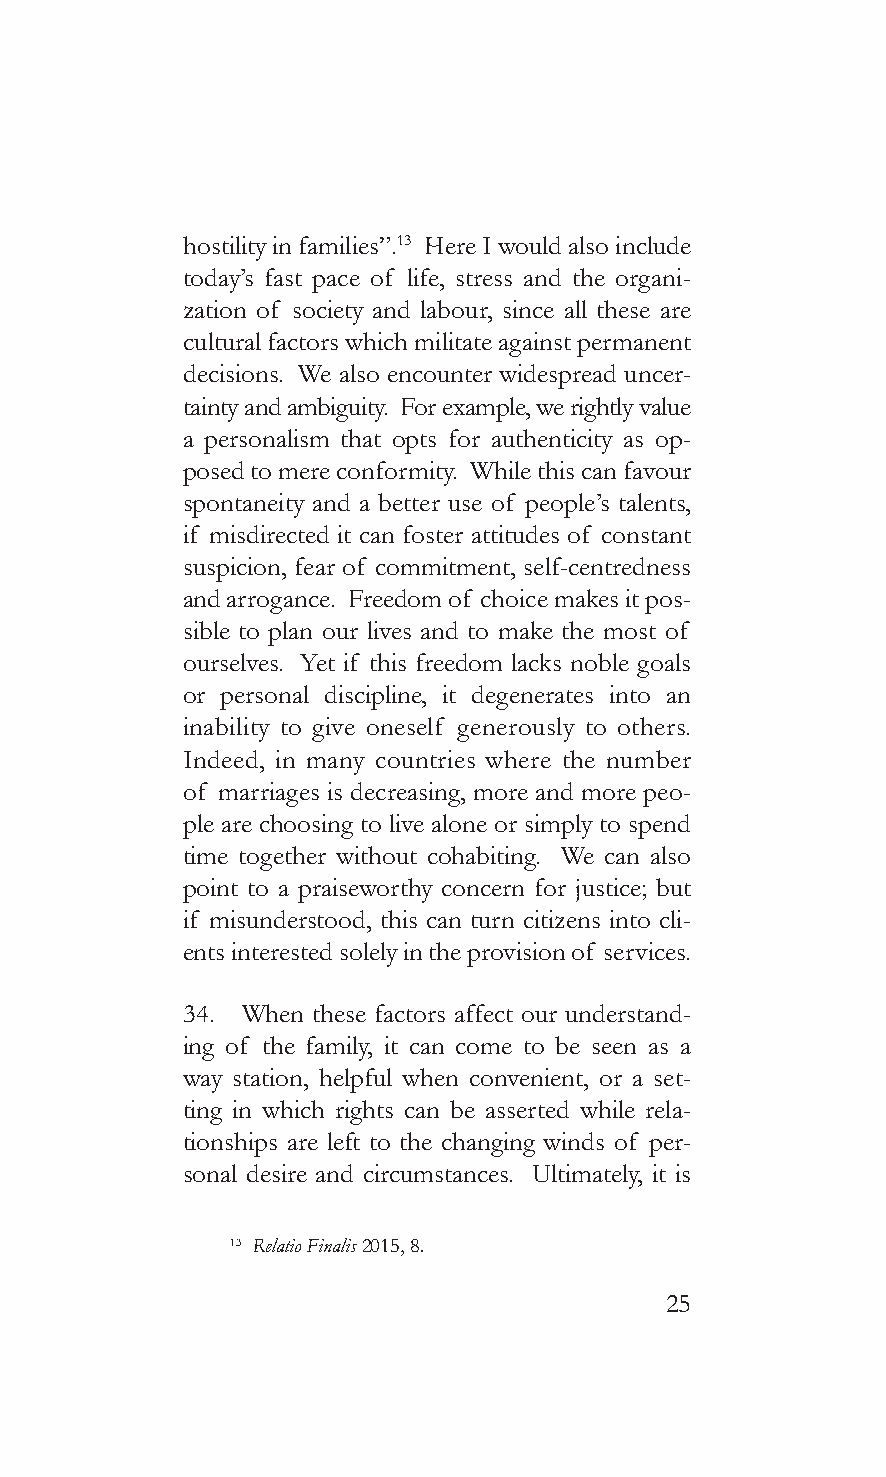
hostility in families”.13 Here I would also include
 today’s fast pace of life, stress and the organi-
 zation of society and labour, since all these are
 cultural factors which militate against permanent
 decisions. We also encounter widespread uncer-
 tainty and ambiguity. For example, we rightly value
 a personalism that opts for authenticity as op-
 posed to mere conformity. While this can favour
 spontaneity and a better use of people’s talents,
 if misdirected it can foster attitudes of constant
 suspicion, fear of commitment, self-centredness
 and arrogance. Freedom of choice makes it pos-
 sible to plan our lives and to make the most of
 ourselves. Yet if this freedom lacks noble goals
 or personal discipline, it degenerates into an
 inability to give oneself generously to others.
 Indeed, in many countries where the number
 of marriages is decreasing, more and more peo-
 ple are choosing to live alone or simply to spend
 time together without cohabiting. We can also
 point to a praiseworthy concern for justice; but
 if misunderstood, this can turn citizens into cli-
 ents interested solely in the provision of services.
 34. When these factors affect our understand-
 ing of the family, it can come to be seen as a
 way station, helpful when convenient, or a set-
 ting in which rights can be asserted while rela-
 tionships are left to the changing winds of per-
 sonal desire and circumstances. Ultimately, it is
 13 Relatio Finalis 2015, 8.
 25